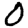
Digit: 0